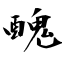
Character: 醜